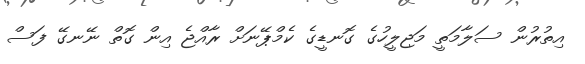
އިތުރުން ސަލާމަތީ މަޖިލީހުގެ ގޮނޑީގެ ކެމްޕޭނަށް ރާއްޖެ އިން ގޮތް ނޭނގޭ ފަސް